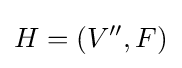
H=(V'',F)